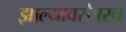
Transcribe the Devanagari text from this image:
झाल्याबरोबरच